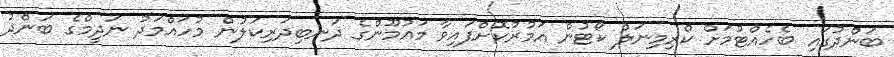
ބަންދުގައި ބެހެއްޓުމަށް ކްރިމިނަލް ކޯޓުން އަމުރުކޮށްފައިވާ މައުމޫންގެ ދަނބިދަރިކަލުން މުހައްމަދު ނަދީމްގެ ބަންދު